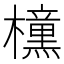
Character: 𭬯